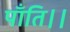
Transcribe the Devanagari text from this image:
पाँति।।